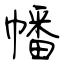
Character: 幡